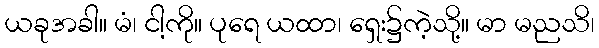
ယခုအခါ။ မံ၊ ငါ့ကို။ ပုရေ ယထာ၊ ရှေး၌ကဲ့သို့။ မာ မညသိ၊